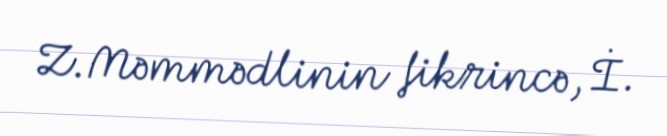
Z.Məmmədlinin fikrincə, İ.